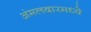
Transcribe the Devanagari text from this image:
अंमलदारमध्ये